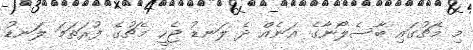
މި މެޗުގައި ބާސެލޯނާގެ އަނެއް ދެ ލަނޑު ޖެހީ މެޗުގެ ފުރަތަމަ ލަނޑު